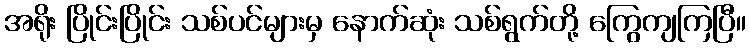
အရိုး ပြိုင်းပြိုင်း သစ်ပင်များမှ နောက်ဆုံး သစ်ရွက်တို့ ကြွေကျကြပြီ။